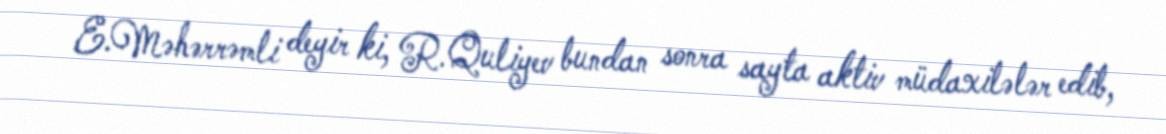
E.Məhərrəmli deyir ki, R.Quliyev bundan sonra sayta aktiv müdaxilələr edib,